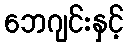
ဘေဂျင်းနှင့်